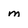
Character: m